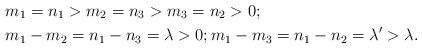
LaTeX: \begin{align*}&m_1=n_1>m_2=n_3>m_3=n_2>0; \\&m_1-m_2=n_1-n_3=\lambda>0; m_1-m_3=n_1-n_2=\lambda'>\lambda. \end{align*}